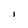
Character: I